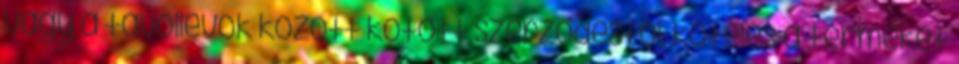
vagy a távollevők között kötött szerződéstől, köteles a terméket